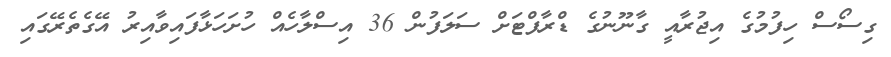
ގިސޯސް ހިފުމުގެ އިޖުރާއީ ގާނޫނުގެ ޑްރާފްޓަށް ސަލަފުން 36 އިސްލާހެއް ހުށަހަޅާފައިވާއިރު އޭގެތެރޭގައި